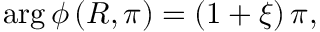
\arg \phi \left( R , \pi \right) = \left( 1 + \xi \right) \pi ,